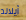
آيلاند